Annual report on the working of the mental hospitals in the Madras Presidency - 1912-1932
Year: 1912
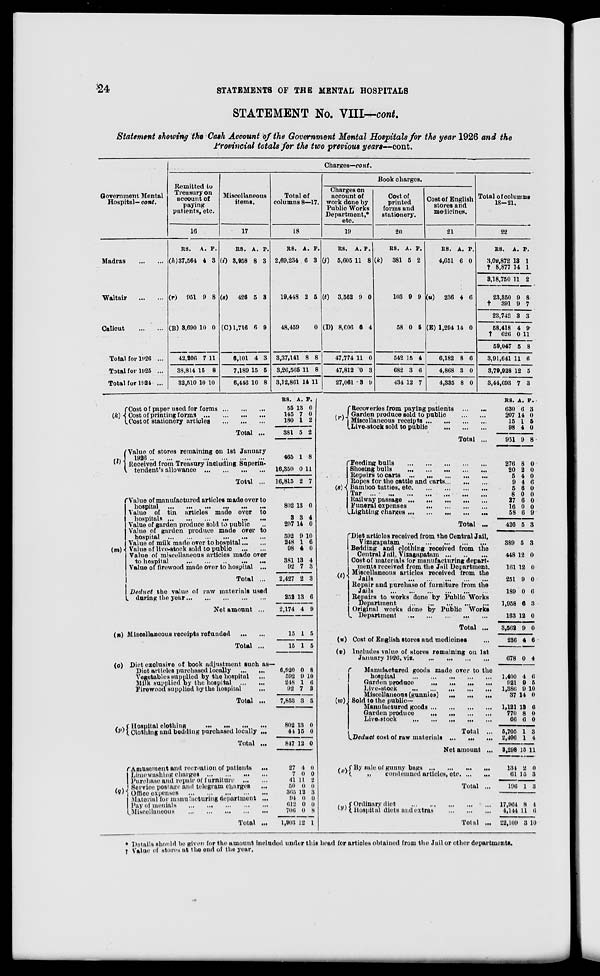
24
STATEMENTS OF THE MENTAL HOSPITALS
STATEMENT No. VIII—cont.
Statement showing the Cash Account of the Government Mental Hospitals for the year 1926 and the
Provincial totals for the two previous years—cont.
Government Mental
Hospital—cont.
Madras
...
...
Waltair
…
…
Calicut … …
Total for 1926 ...
Total for 1925 ...
Total for 1924 ...
Charges—cont.
Remitted to
Treasury on
account of
paying
patients, etc.
16
RS.
(h) 37,564
(r)
951
(B) 3,690
42,206
38,814
32,510
A.
4
9
10
7
15
10
P.
3
8
0
11
8
10
Miscellaneous
items.
17
RS.
(i) 3,958
(s)
426
(C)1,716
6,101
7,189
6,446
A.
8
5
6
4
15
10
P.
3
3
9
3
5
8
Total of
columns 8—17.
18
RS.
2,69,234
19,448
48,459
3,37,141
3,26,565
3,12,861
A.
6
2
8
11
14
P.
3
5
0
8
8
11
Book charges.
Charges on
account of
work done by
Public Works
Department,*
etc.
19
RS.
(j) 5,605
(t) 3,562
(D) 8,606
47,774
47,812
27,061
A.
11
9
6
11
0
3
P.
8
0
4
0
3
9
Cost of
printed
forms and
stationery.
20
RS.
(k)
381
103
58
542
682
434
A.
5
9
0
15
3
12
P.
2
9
6
4
6
7
Cost of English
stores and
medicines.
21
RS.
4,651
(u)
236
(E) 1,294
6,182
4,868
4,335
A.
6
4
14
8
3
8
P.
0
6
0
6
0
0
Total of columns
18-21.
22
RS.
3,09,872
† 8,877
3,18,750
23,350
†
391
23,742
58,418
† 626
59,047
3,91,641
3,79,928
3,44,693
A.
13
14
11
9
9
3
4
0
5
11
12
7
P.
1
1
2
8
7
3
9
11
8
6
5
3
(k)
Cost of paper used for forms … … …
Cost of printing forms
…
…
…
…
Cost of stationery articles
…
…
…
Total ...
(l)
Value of stores remaining on 1st January
1926 … … … … … … … …
Received from Treasury including Superin-
tendent's allowance
…
…
…
…
Total ...
(m)
Value of manufactured articles made over to
hospital … … … … … …
Value of tin articles made over to
hospitals
…
…
…
…
…
…
Value of garden produce sold to public …
Value of garden produce made over to
hospital
…
…
…
…
…
…
Value of milk made over to hospital … …
Value of live-stock sold to public
…
…
Value of miscellaneous articles made over
to hospital
…
…
…
…
…
Value of firewood made over to hospital ...
Total ...
Deduct the value of raw materials used
during the year
…
…
…
…
…
Net amount ...
(n) Miscellaneous receipts refunded
…
…
Total ...
(o)
RS.
55
145
180
381
465
16,350
16,815
802
3
207
592
248
98
381
92
2,427
252
2,174
15
15
A.
13
7
1
5
1
0
2
13
3
14
9
1
4
13
7
2
13
4
1
1
P.
0
0
2
2
8
11
7
0
4
0
10
6
0
4
3
3
6
9
5
5
Diet exclusive of book adjustment such as—
Diet articles purchased locally
…
…
Vegetables supplied by the hospital …
Milk supplied by the hospital
…
…
Firewood supplied by the hospital …
Total ...
(p)
Hospital clothing
…
…
…
…
Clothing and bedding purchased locally ...
Total ...
(q)
Amusement and recreation of patients
...
Limewashing charges
…
…
…
…
Purchase and repair of furniture
…
…
Service postage and telegram charges …
Office expenses
…
…
…
…
…
Material for manufacturing department ...
Pay of menials
…
…
…
…
…
Miscellaneous
…
…
…
…
…
Total ...
6,920
592
248
92
7,853
802
44
847
27
7
41
50
365
94
612
706
1,903
0
9
1
7
3
13
15
12
4
0
11
0
12
0
0
0
12
8
10
6
3
3
0
0
0
0
0
2
0
3
0
0
8
1
(r)
Recoveries from paying patients
...
...
Garden produce sold to public
…
…
Miscellaneous receipts … … … …
Live-stock sold to public
…
…
…
Total ...
(s)
Feeding bulls
…
…
…
…
…
Shoeing bulls
…
…
…
…
…
Repairs to carts
…
…
…
…
…
Ropes for the cattle and carts … … …
Bamboo tatties,
etc.
…
…
…
…
Tar ...
…
…
…
…
…
Railway passage
…
…
…
…
…
Funeral
expenses
…
…
…
…
Lighting charges
…
…
…
…
…
Total ...
(t)
Diet articles received from the Central Jail,
Vizagapatam
…
…
…
…
…
Bedding and clothing received from the
Central Jail, Vizagapatam
…
…
…
Cost of materials for manufacturing depart-
ments received from the Jail Department.
Miscellaneous articles received from the
Jails
…
…
…
…
…
…
Repair and purchase of furniture from the
Jails
…
…
…
…
…
…
Repairs to works done by Public Works
Department
…
…
…
…
…
Original works done by Public Works
Department
…
…
…
…
…
Total ...
(u)
(v)
(w)
Cost of English stores and medicines …
Includes value of stores remaining on 1st
January 1926, viz.
…
…
…
…
Manufactured goods made over to the
hospital
…
…
…
…
…
Garden produce
…
…
…
…
Live-stock
…
…
…
…
…
Miscellaneous (gunnies)
…
…
…
Sold to the public—
Manufactured goods … … … …
Garden produce
…
…
…
…
Live-stock
…
…
…
…
…
Total ...
Deduct cost of raw materials
…
…
…
Net amount ...
(x) By sale of gunny bags
…
…
…
…
„
condemned articles, etc. … …
Total ...
(y)
Ordinary diet
…
…
…
…
…
Hospital diets and extras
…
…
…
Total ...
RS.
630
207
15
98
951
276
20
5
9
5
8
27
16
58
426
389
448
161
251
189
1,958
163
3,562
236
678
1,400
921
1,386
37
1,121
770
66
5,705
2,406
3,298
134
61
196
17,964
4,144
22,109
A.
6
14
1
4
9
8
2
4
4
6
0
6
0
6
5
5
12
12
9
0
6
12
9
4
0
4
9
9
14
13
8
6
1
1
15
2
15
1
8
11
3
P.
3
0
5
0
8
0
0
0
6
0
0
0
0
9
3
3
0
0
0
6
3
0
0
6
4
6
5
10
0
6
0
0
3
4
11
0
3
3
4
6
10
* Details should be given for the amount included under this head for articles obtained from the Jail or other departments.
† Value of stores at the end of the year.